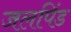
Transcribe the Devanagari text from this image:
जलपिंड